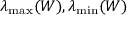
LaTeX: \lambda _ { \operatorname* { m a x } } ( W ) , \lambda _ { \operatorname* { m i n } } ( W )